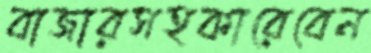
বাজারসহকারেবেন